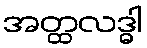
အတ္ထလဒ္ဓါ